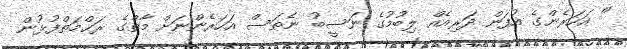
" އަހަރެންގެ އުފަން ދަރިއެއް ލިބުމުގެ ނަސީބު ނެތަސް އަހަރެންނަށް މާތްގެ ރަޙްމަތްފުޅުން